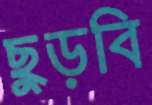
ছুড়বি